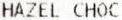
HAZEL CHOC